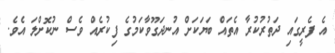
އެ ފެރީގައި ދަތުރުކުރާ އެތައް ބަޔަކަށް އުނދަގޫވާކަމުގެ ފިކުރެއް ވެސް ނުކޮށްލަ އެވެ.